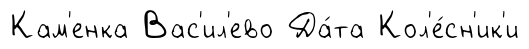
Кам'енка Вас'ил'ево Да́та Кол'е́сн'ик'и